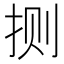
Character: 𫼤